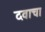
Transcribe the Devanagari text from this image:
दवाचा